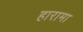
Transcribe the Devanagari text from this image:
हारामा